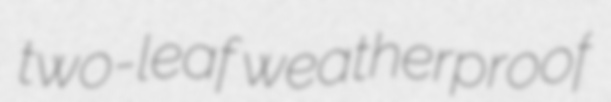
two-leaf weatherproof